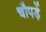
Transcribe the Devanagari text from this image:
चौपड़ें